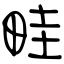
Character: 畦